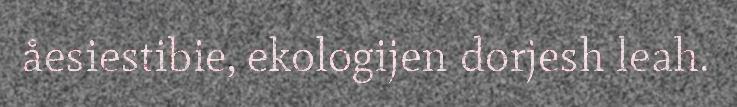
åesiestibie, ekologijen dorjesh leah.